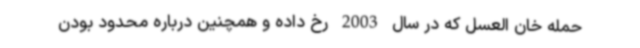
حمله خان العسل که در سال 2003 رخ داده و همچنین درباره محدود بودن